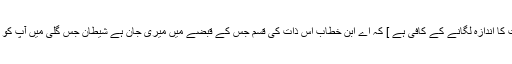
٭ حضور اکرم صلی اللہ علیہ وسلم کا ان سے یہ فرمانا [بھی ان کی فضیلت کا اندازہ لگانے کے کافی ہے ] کہ اے ابن خطاب اس ذات کی قسم جس کے قبضے میں میری جان ہے شیطان جس گلی میں آپ کو دیکھتا ہے اس گلی کو چھوڑ کر دوسری گلی میں چلا جاتا ہے ( بخاری ۔